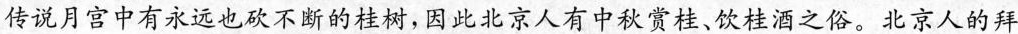
传说月宫中有永远也砍不断的桂树，因此北京人有中秋赏桂、饮桂酒之俗。北京人的拜